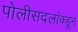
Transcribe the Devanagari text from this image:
पोलीसदलांक्डून